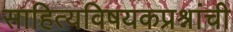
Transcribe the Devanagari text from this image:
साहित्यविषयकप्रश्नांची